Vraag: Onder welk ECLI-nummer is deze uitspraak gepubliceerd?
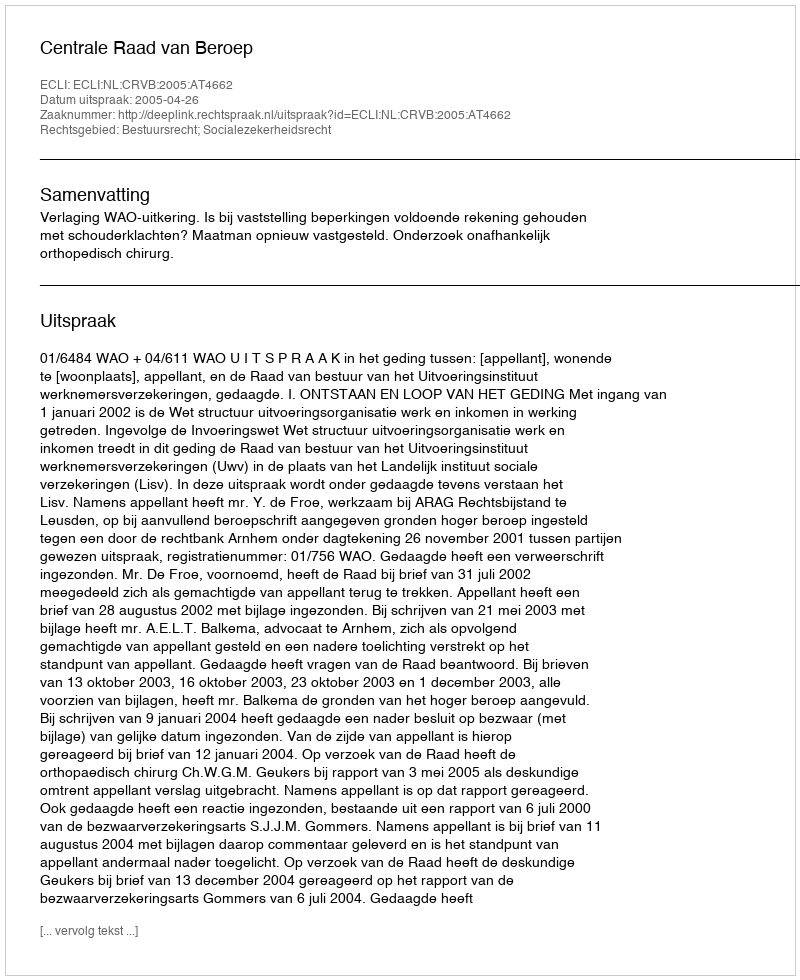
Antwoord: ECLI:NL:CRVB:2005:AT4662